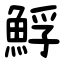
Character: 䱐